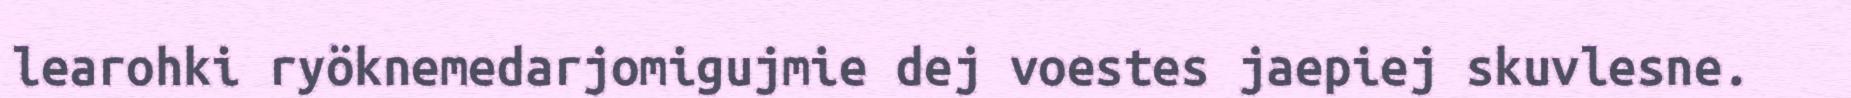
learohki ryöknemedarjomigujmie dej voestes jaepiej skuvlesne.